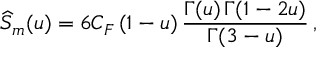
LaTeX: \widehat S _ { m } ( u ) = 6 C _ { F } \, ( 1 - u ) \, { \frac { \Gamma ( u ) \, \Gamma ( 1 - 2 u ) } { \Gamma ( 3 - u ) } } \, ,